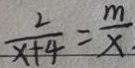
\frac { 2 } { x + 4 } = \frac { m } { x }